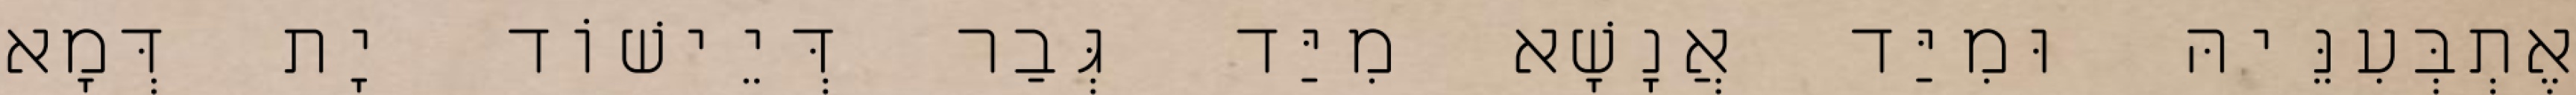
אֶתְבְּעִנֵּיהּ וּמִיַּד אֲנָשָׁא מִיַּד גְּבַר דְּיֵישׁוֹד יָת דְּמָא